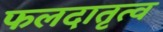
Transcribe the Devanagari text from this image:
फलदातृत्व